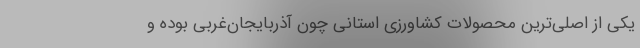
یکی از اصلی‌ترین محصولات کشاورزی استانی چون آذربایجان‌غربی بوده و